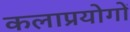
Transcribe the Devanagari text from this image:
कलाप्रयोगों